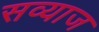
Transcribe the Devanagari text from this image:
सव्याज